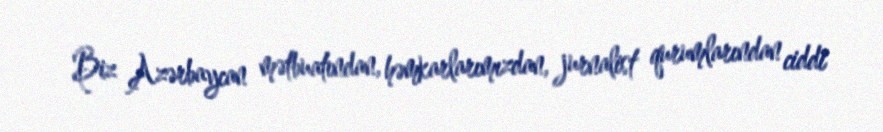
Biz Azərbaycan mətbuatından, həmkarlarımızdan, jurnalist qurumlarından ciddi